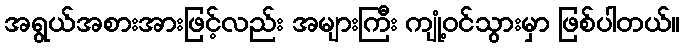
အရွယ်အစားအားဖြင့်လည်း အများကြီး ကျုံ့ဝင်သွားမှာ ဖြစ်ပါတယ်။